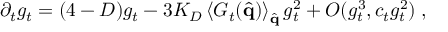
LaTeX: \partial _ { t } g _ { t } = ( 4 - D ) g _ { t } - 3 K _ { D } \left\langle G _ { t } ( \hat { \bf { q } } ) \right\rangle _ { \hat { \bf { q } } } g _ { t } ^ { 2 } + O ( g _ { t } ^ { 3 } , c _ { t } g _ { t } ^ { 2 } ) \; ,